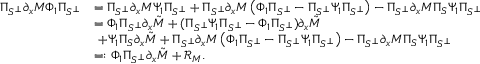
\begin{array} { r l } { \Pi _ { S ^ { \perp } } \partial _ { x } M \Phi _ { 1 } \Pi _ { S ^ { \perp } } } & { = \Pi _ { S ^ { \perp } } \partial _ { x } M \Psi _ { 1 } \Pi _ { S ^ { \perp } } + \Pi _ { S ^ { \perp } } \partial _ { x } M \left( \Phi _ { 1 } \Pi _ { S ^ { \perp } } - \Pi _ { S ^ { \perp } } \Psi _ { 1 } \Pi _ { S ^ { \perp } } \right) - \Pi _ { S ^ { \perp } } \partial _ { x } M \Pi _ { S } \Psi _ { 1 } \Pi _ { S ^ { \perp } } } \\ & { = \Phi _ { 1 } \Pi _ { S ^ { \perp } } \partial _ { x } \tilde { M } + ( \Pi _ { S ^ { \perp } } \Psi _ { 1 } \Pi _ { S ^ { \perp } } - \Phi _ { 1 } \Pi _ { S ^ { \perp } } ) \partial _ { x } \tilde { M } } \\ & { \ + \Psi _ { 1 } \Pi _ { S } \partial _ { x } \tilde { M } + \Pi _ { S ^ { \perp } } \partial _ { x } M \left( \Phi _ { 1 } \Pi _ { S ^ { \perp } } - \Pi _ { S ^ { \perp } } \Psi _ { 1 } \Pi _ { S ^ { \perp } } \right) - \Pi _ { S ^ { \perp } } \partial _ { x } M \Pi _ { S } \Psi _ { 1 } \Pi _ { S ^ { \perp } } } \\ & { = : \Phi _ { 1 } \Pi _ { S ^ { \perp } } \partial _ { x } \tilde { M } + \mathcal { R } _ { M } . } \end{array}